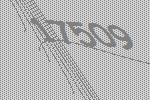
17509